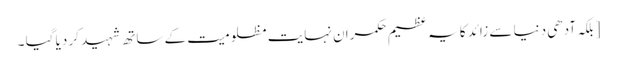
[ بلکہ آدھی دنیا سے زائد کا یہ عظیم حکمران نہایت مظلومیت کے ساتھ شہید کر دیا گیا ۔